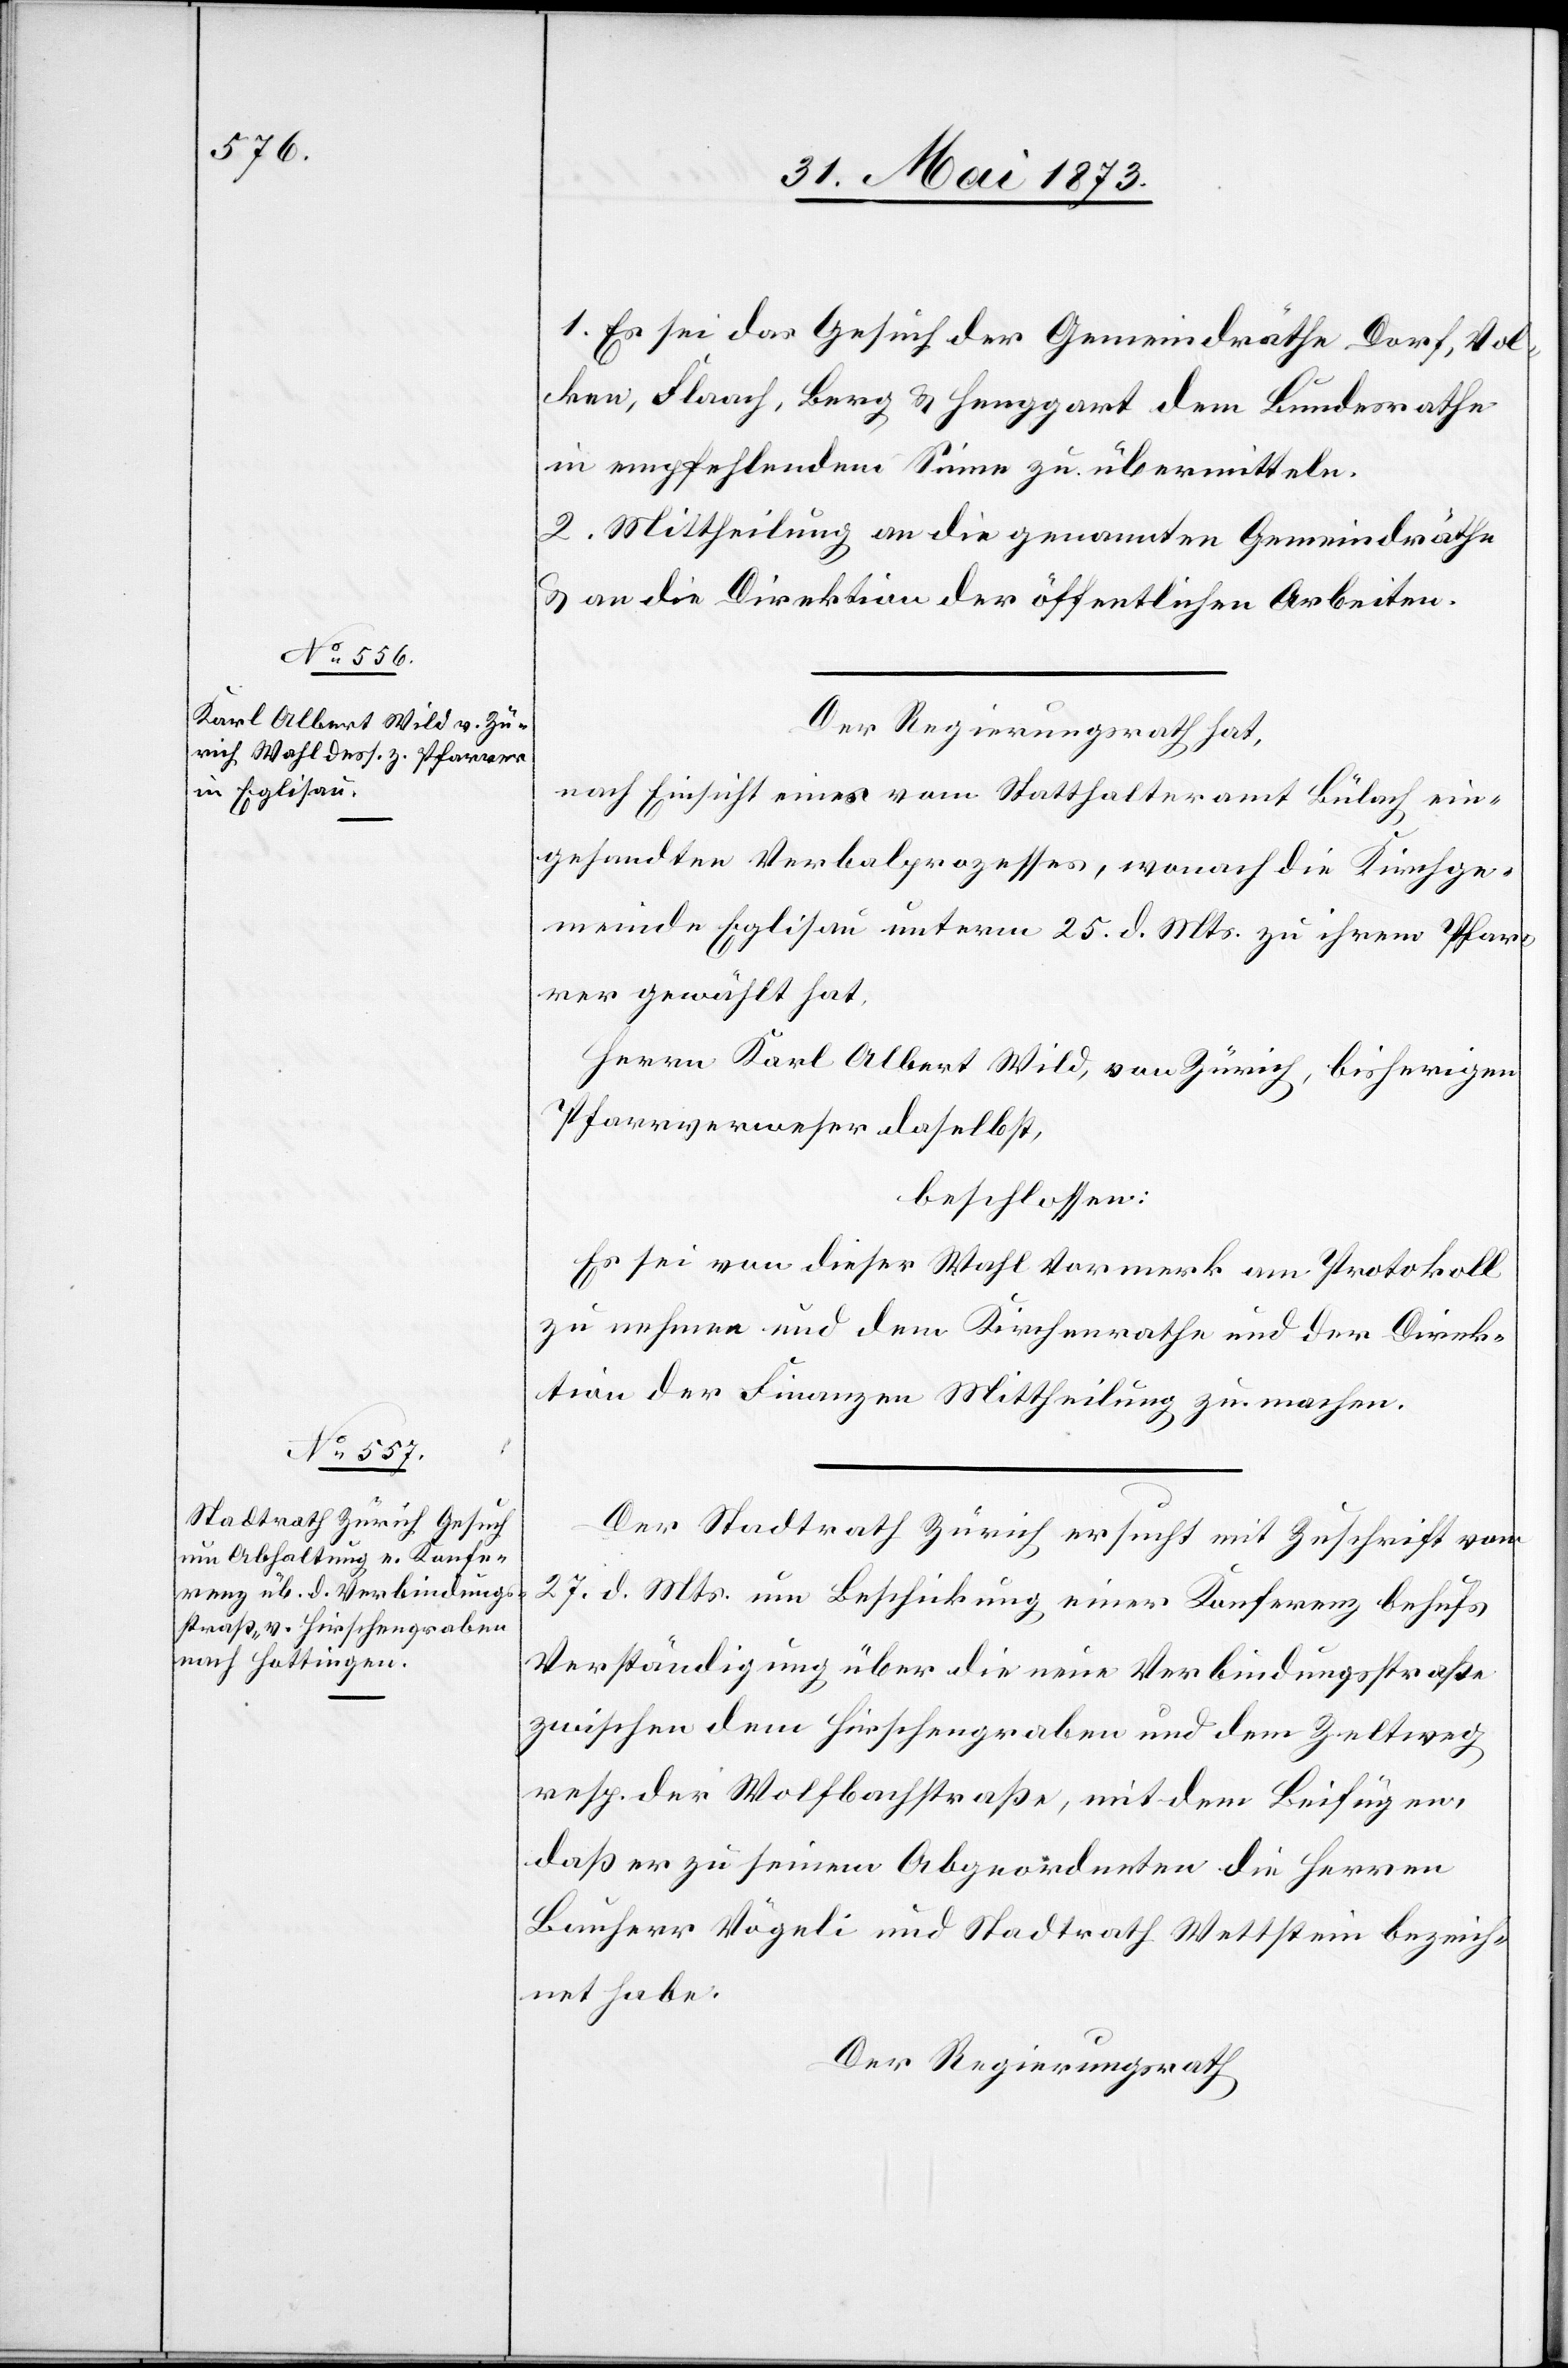
1. Es sei das Gesuch der Gemeindräthe Dorf, Vol¬
ken, Flaach, Berg & Henggart dem Bundesrathe
in empfehlendem Sinne zu übermitteln.
2. Mittheilung an die genannten Gemeindräthe
& an die Direktion der öffentlichen Arbeiten.
Der Regierungsrath hat,
nach Einsicht eines vom Statthalteramt Bülach ein¬
gesandten Verbalprozesses, wonach die Kirchge¬
meinde Eglisau unterm 25. d. Mts. zu ihrem Pfar¬
rer gewählt hat,
Herrn Karl Albert Wild, von Zürich, bisherigen
Pfarrverweser daselbst,
beschlossen:
Es sei von dieser Wahl Vormerk am Protokoll
zu nehmen und dem Kirchenrathe und der Direk¬
tion der Finanzen Mittheilung zu machen.
Der Stadtrath Zürich ersucht mit Zuschrift vom
27. d. Mts. um Beschickung einer Konferenz behufs
Verständigung über die neue Verbindungsstraße
zwischen dem Hirschengraben und dem Zeltweg
resp. der Wolfbachstraße, mit dem Beifügen,
daß er zu seinem [sic!] Abgeordneten die Herren
Bauherr Vögeli und Stadtrath Wettstein bezeich¬
net habe.
Der Regierungsrath